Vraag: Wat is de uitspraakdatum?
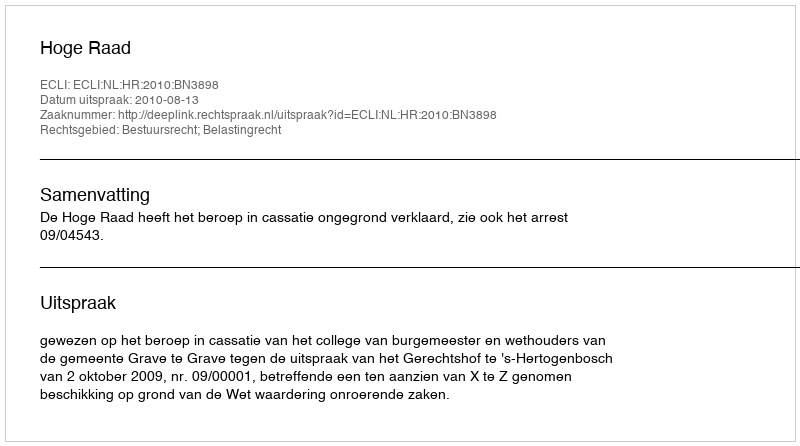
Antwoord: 2010-08-13